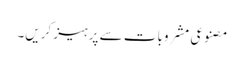
مصنوعی مشروبات سے پرہیز کریں۔